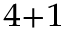
_ { 4 + 1 }